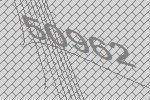
50962